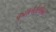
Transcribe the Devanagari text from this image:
कुशलतेसोबत